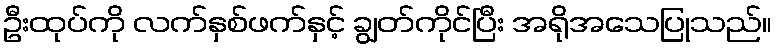
ဦးထုပ်ကို လက်နှစ်ဖက်နှင့် ချွတ်ကိုင်ပြီး အရိုအသေပြုသည်။